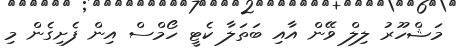
މަޝްހޫރު ލިލް ވޭން އާއި ބަތަލާ ކެޓީ ހޯމްސް އިން ފެށިގެން މި